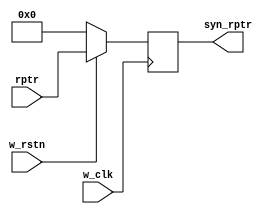
module sync_r2w //synchronizer - 2 DFF to synchronize the signal from read to write
    #(
    parameter ADDR_SIZE = 6
    )
    (
    output reg [ADDR_SIZE:0] syn_rptr,    //the synchronized signal after 2 DFF
    input      [ADDR_SIZE:0] rptr,    //read pointer
    input      w_clk, w_rstn //clk and rstn signal
    );
    
    reg [ADDR_SIZE:0] syn_rptr_int;
    
    always @(posedge w_clk) begin    //2 DFF process
        if (!w_rstn) begin
            syn_rptr_int <= 0;
            syn_rptr <= 0;
        end
        else begin
            syn_rptr_int <= rptr;
            syn_rptr <= rptr;
        end
    end
    
endmodule